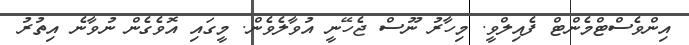
އިންވެސްޓްމެންޓް ފެއިލްވީ. މިހާރު ނޫސް ޖެހޭނީ އުވާލެވެން. މީގައި އޮވެގެން ނުވާނެ އިތުރު